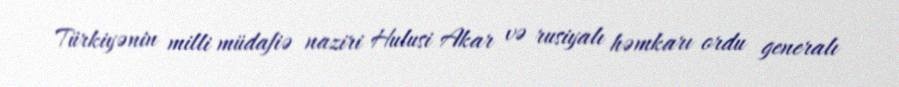
Türkiyənin milli müdafiə naziri Hulusi Akar və rusiyalı həmkarı ordu generalı